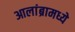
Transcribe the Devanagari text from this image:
आलांब्रामध्ये